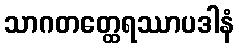
သာဂတတ္ထေရဿာပဒါနံ